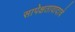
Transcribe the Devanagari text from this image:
सापेक्षतावादाचे